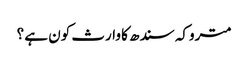
متروکہ سندھ کا وارث کون ہے ؟